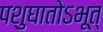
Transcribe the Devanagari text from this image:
पशुघातोऽभूत्‌